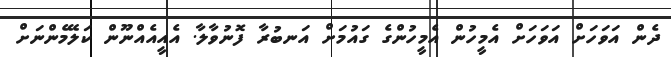
ދެން އަވަހަށް އަވަހަށް އެމީހުން އެމީހުންގެ ގައުމަށް އަނބުރާ ފޮނުވާލާ. އެއީއެއްނޫން ކަލޭމެންނަށް